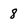
Character: 8